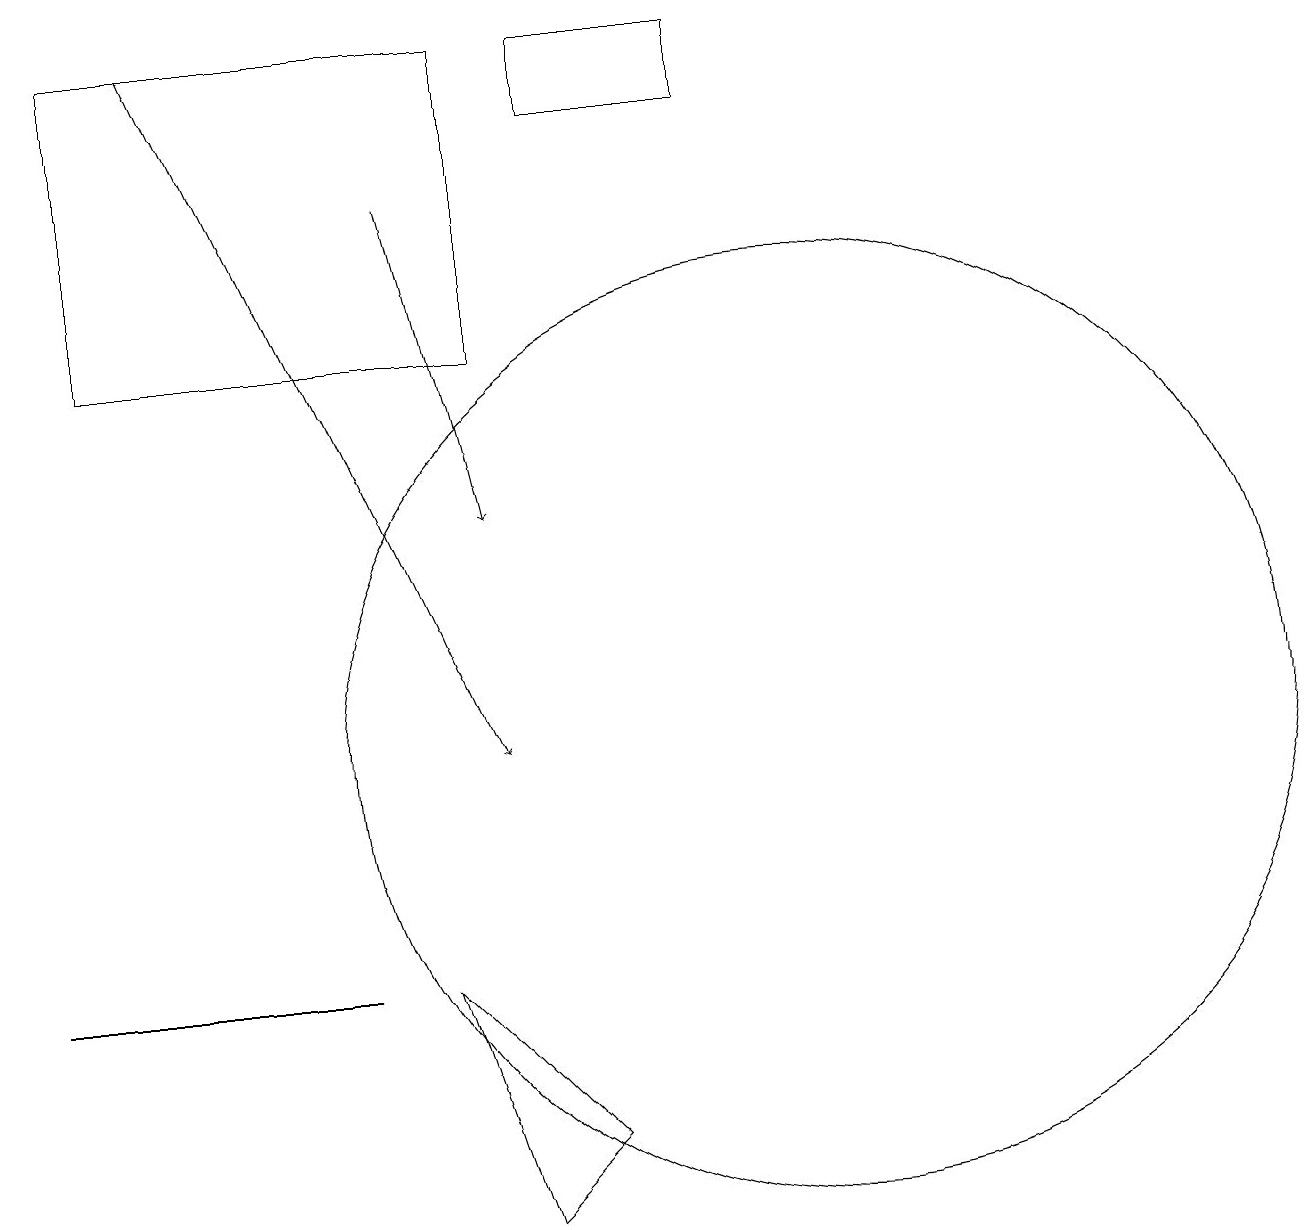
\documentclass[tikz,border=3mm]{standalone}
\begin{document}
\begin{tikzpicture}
\draw[->] (5,17) -- (6,13);
\draw (5,7) -- (7,5) -- (6,4) -- cycle;
\draw[->] (2,19) -- (6,10);
\draw (10,10) circle (6);
\draw (6,19) rectangle (1,15);
\draw (3,7) -- (4,7) -- (0,7) -- cycle;
\draw (7,19) rectangle (9,18);
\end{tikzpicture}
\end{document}